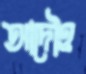
আদৌও